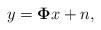
LaTeX: \begin{align*}y=\mathbf{\Phi }x+n,\end{align*}